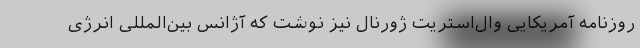
روزنامه آمریکایی وال‌استریت ژورنال نیز نوشت که آژانس بین‌المللی انرژی